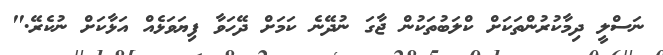
ނަސްލީ ދިމާކުރުންތަކަށް ކްލަބުތަކުން ޖާގަ ނުދޭނެ ކަމަށް ދޭހަވާ ފިޔަވަޅެއް އަޅާކަށް ނުކެރޭ."